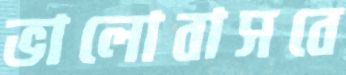
ভালোবাসবে